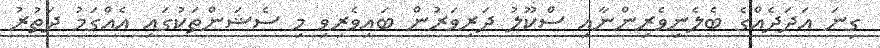
ގިނަ ޢަދަދެއްގެ ބެލެނިވެރިންނާއި ސްކޫލު ދަރިވަރުން ބައިވެރިވި މި ސެޝަންތަކުގައި އެއްގަމު ދަތުރު